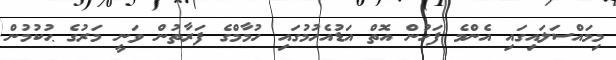
މިމައްސަލައިގައި އެންމެ ފަހުން އޮތް އަޑުއެހުމުގައި ހުމާމްގެ ފަރާތުން ވަނީ މަރުގެ ޙުކުމުން